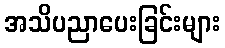
အသိပညာပေးခြင်းများ